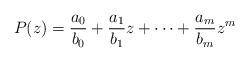
LaTeX: \begin{align*}P(z)=\frac{a_{0}}{b_{0}}+\frac{a_{1}}{b_{1}}z+\cdots+\frac{a_{m}}{b_{m}}z^{m}\end{align*}